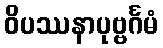
ဝိပဿနာပုဗ္ဗင်္ဂမံ